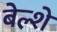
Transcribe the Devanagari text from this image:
बेल्शे